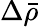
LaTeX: \Delta\bar{\rho}